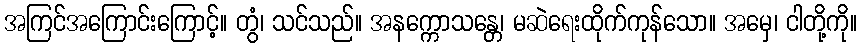
အကြင်အကြောင်းကြောင့်။ တွံ၊ သင်သည်။ အနက္ကောသန္တေ၊ မဆဲရေးထိုက်ကုန်သော။ အမှေ၊ ငါတို့ကို။